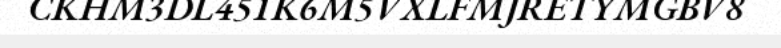
CKHM3DL451K6M5VXLFMJRETYMGBV8